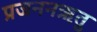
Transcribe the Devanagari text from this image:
प्रजननऋतु